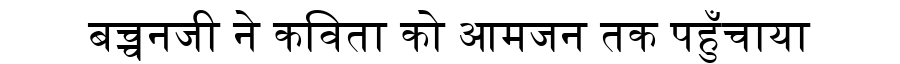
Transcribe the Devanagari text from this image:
बच्चनजी ने कविता को आमजन तक पहुँचाया